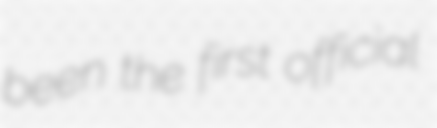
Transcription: been the first official